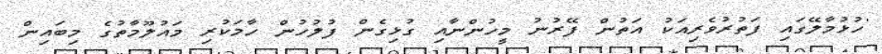
'ހުޅުމާލޭގައި ފަތުރުވެރިއަކު އަތުން ފޭރުނު މީހުންނާއި ގުޅިގެން ފުލުހުން ހާމަކުރި މައުލޫމާތުގެ މިބައިން